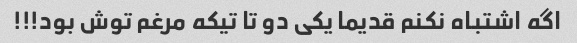
اگه اشتباه نکنم قدیما یکی دو تا تیکه مرغم توش بود!!!